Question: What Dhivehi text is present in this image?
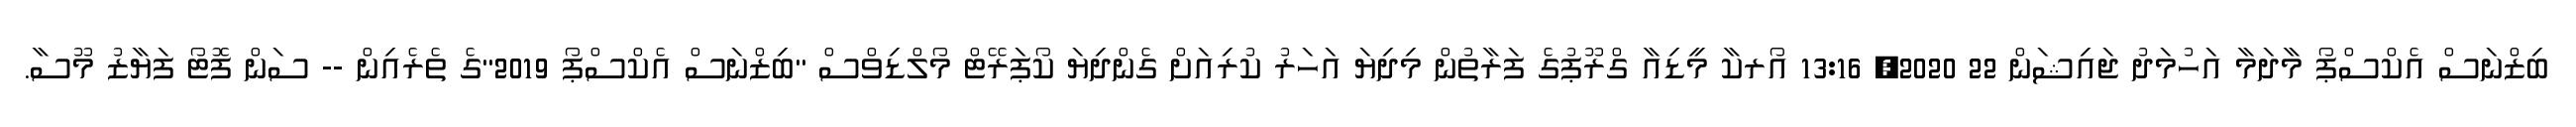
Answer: ބިޒްނަސް އެކްސްޕޯ މާދަމާ އަހުމަދު ޖައިޝަން 22 2020, 13:16 އޯރކާ މީޑިއާ ގްރޫޕުގެ ފަރާތުން މިދިޔަ އަހަރު ކުރިއަށް ގެންދިޔަ ކޯޕަރޭޓް މޯލްޑިވްސް "ބިޒްނަސް އެކްސްޕޯ 2019"ގެ ތެރެއިން -- ސަން ފޮޓޯ ފަޔާޒު މޫސާ.